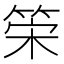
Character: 筞